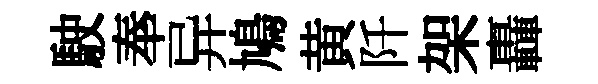
駛奉异鳩黄阡架轟